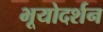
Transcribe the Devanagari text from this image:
भूयोदर्शन